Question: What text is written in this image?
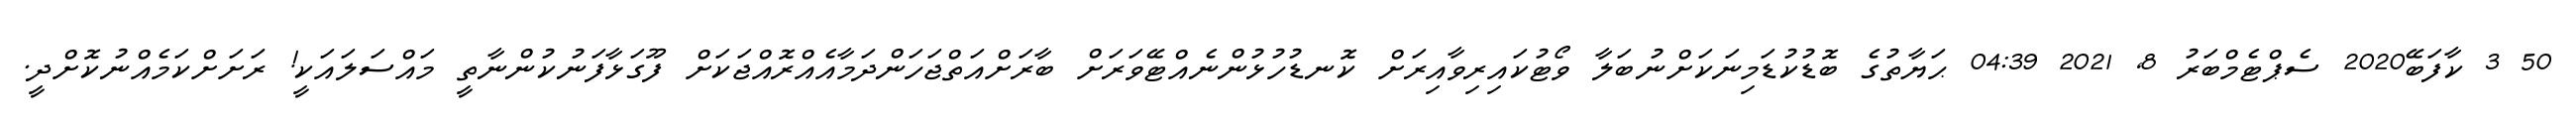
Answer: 50 3 ކާފަބޭ2020 ސެޕްޓެމްބަރު 8, 2021 04:39 ޙަޔާތުގެ ބޮޑުކުޑަމިނަކަށްނުބަލާ ވޯޓުކައިރިވާއިރަށް ކޮނޑުހުޅުންނެއްޓޭވަރަށް ބާރަށްއަތްޖަހަންދަމާއެއްރޮއްޖަކަށް ފޫގަޅާފަނުކުންނާތީ މައްސަލައަކީ! ރަށަށްކަމެއްނުކޮށްދީ.